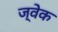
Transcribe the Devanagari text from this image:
ज्वेक